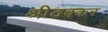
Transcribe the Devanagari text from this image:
श्रीठक्कर